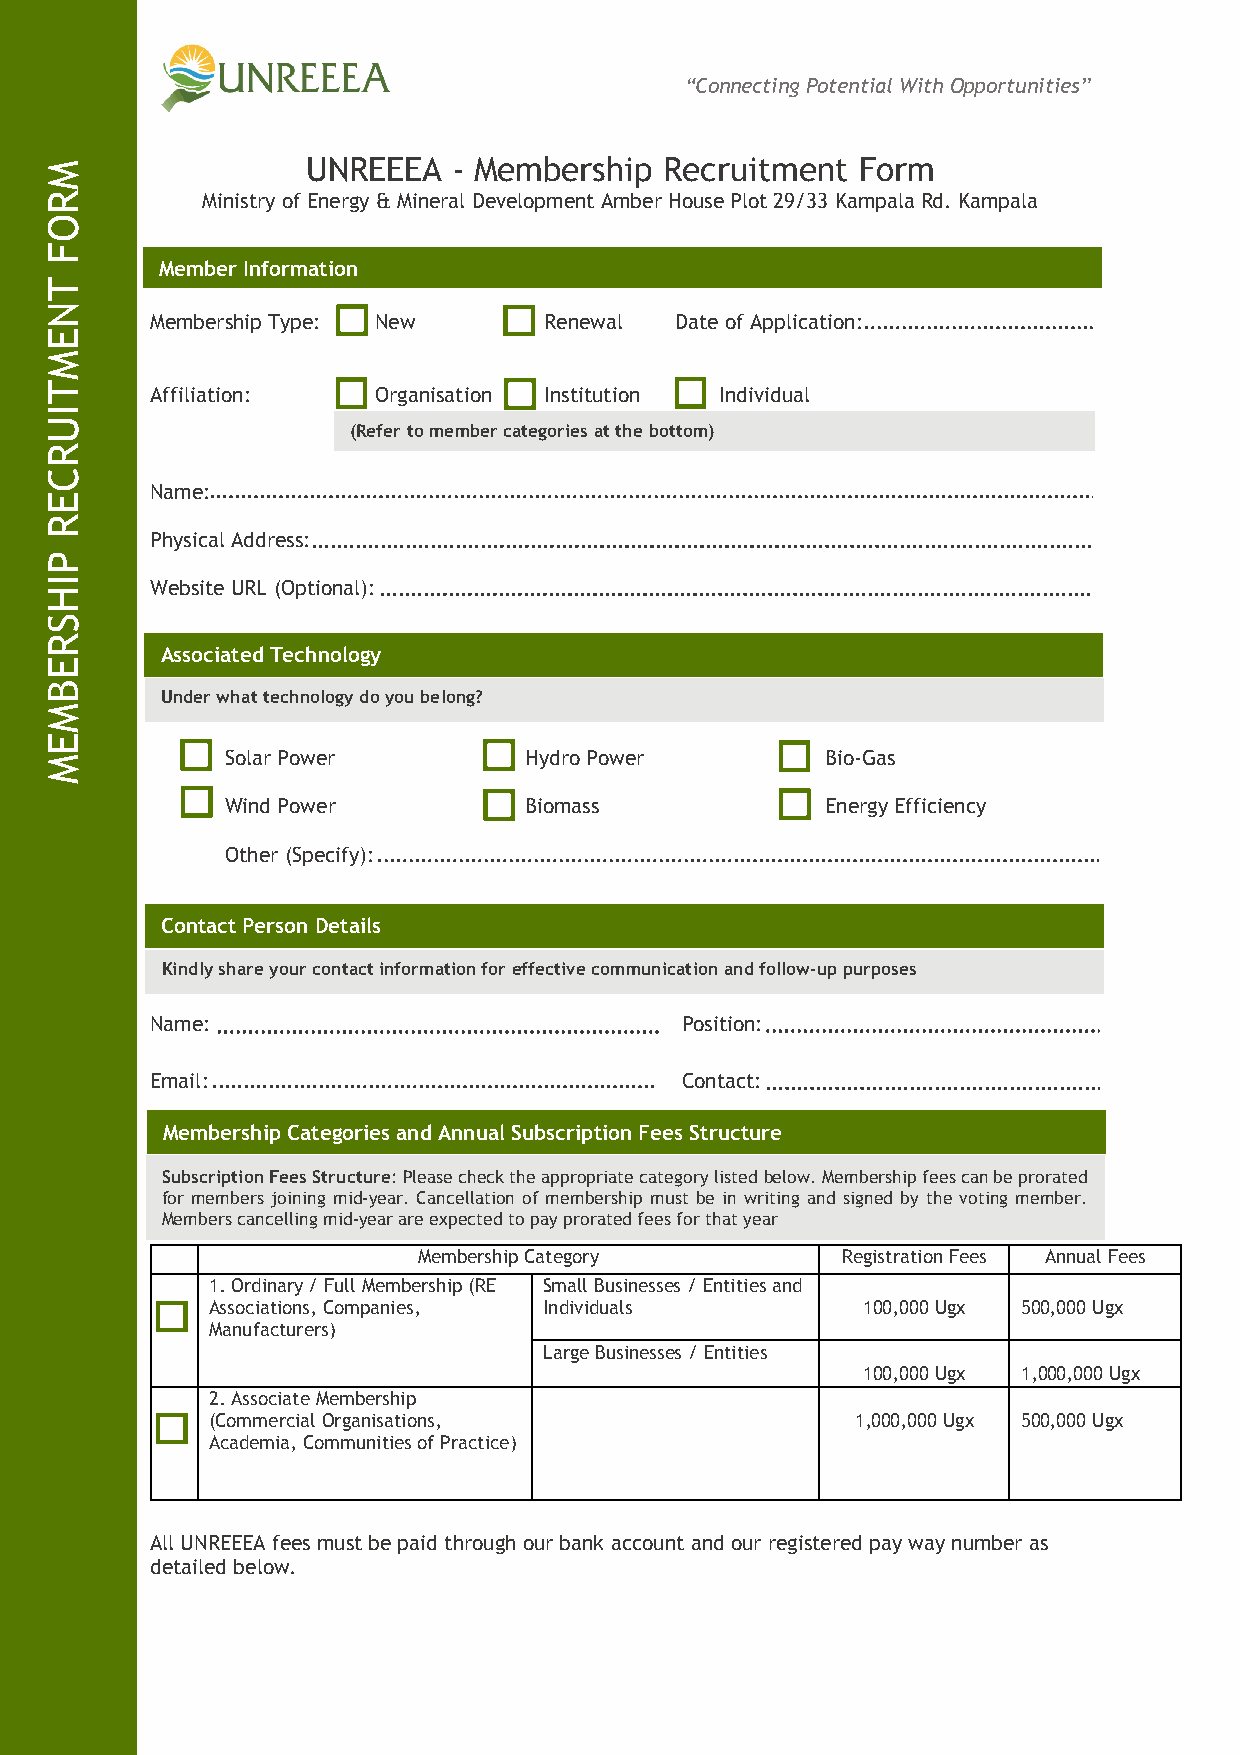
“Connecting Potential With Opportunities”
 UNREEEA   - Membership  Recruitment  Form
 Ministry of Energy & Mineral Development Amber House Plot 29/33 Kampala Rd. Kampala
 Member Information
 Membership Type: New      Renewal  Date of Application:
 Affiliation:   Organisation Institution Individual
 (Refer to member categories at the bottom)
 Name:
 Physical Address:
 Website URL (Optional):
 Associated Technology
 Under what technology do you belong?
 Solar Power         Hydro Power         Bio-Gas
 Wind Power          Biomass             Energy Efficiency
 Other (Specify):
 Contact Person Details
 Kindly share your contact information for effective communication and follow-up purposes
 Name:                              Position:
 Email:                             Contact:
 Membership Categories and Annual Subscription Fees Structure
 Subscription Fees Structure: Please check the appropriate category listed below. Membership fees can be prorated
 for members joining mid-year. Cancellation of membership must be in writing and signed by the voting member.
 Members cancelling mid-year are expected to pay prorated fees for that year
 Membership Category         Registration Fees Annual Fees
 1. Ordinary / Full Membership (RE Small Businesses / Entities and
 Associations, Companies, Individuals       100,000 Ugx 500,000 Ugx
 Manufacturers)
 Large Businesses / Entities
 100,000 Ugx 1,000,000 Ugx
 2. Associate Membership
 (Commercial Organisations,                 1,000,000 Ugx 500,000 Ugx
 Academia, Communities of Practice)
 All UNREEEA fees must be paid through our bank account and our registered pay way number as
 detailed below.
 MROF
 TNEMTIURCER
 PIHSREBMEM